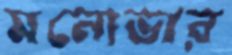
মনোভার